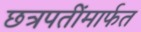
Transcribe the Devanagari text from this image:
छत्रपतींमार्फत